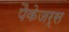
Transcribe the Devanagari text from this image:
पैकेजर्स